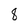
Character: 8